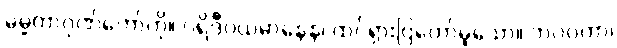
ဓမ္မတာဂုဏ်တော်ကို။ ပရိဒီပယမာနေန၊ ထင်ရှားပြတော်မူသော။ ဘဂဝတာ၊